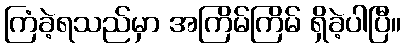
ကြံခဲ့ရသည်မှာ အကြိမ်ကြိမ် ရှိခဲ့ပါပြီ။